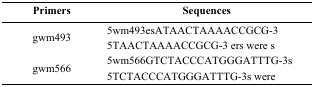
<table><thead><tr><td><b>Primers</b></td><td><b>Sequences</b></td></tr></thead><tbody><tr><td>gwm493</td><td>5wm493esATAACTAAAACCGCG-35TAACTAAAACCGCG-3 ers were s</td></tr><tr><td>gwm566</td><td>5wm566GTCTACCCATGGGATTTG-3s5TCTACCCATGGGATTTG-3s were</td></tr></tbody></table>